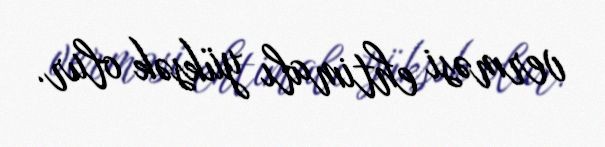
verməsi ehtimalı yüksək olur.